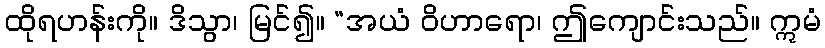
ထိုရဟန်းကို။ ဒိသွာ၊ မြင်၍။ “အယံ ဝိဟာရော၊ ဤကျောင်းသည်။ ဣမံ